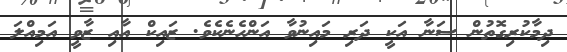
ދިމާކުރިގޮތުން ސަނާ އަކީ ދަރި މައިނުވާ އަންހެނެކެވެ. ޒައިކް އާއި ޒާވީ އަމިއްލަ